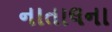
નાતાલના